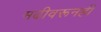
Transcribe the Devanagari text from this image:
मढीवरूनही